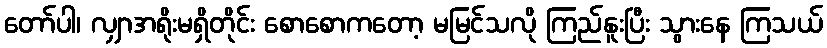
တော်ပါ၊ လျှာအရိုးမရှိတိုင်း စောစောကတော့ မမြင်သလို ကြည်နူးပြီး သွားနေ ကြသယ်